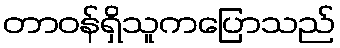
တာဝန်ရှိသူကပြောသည်